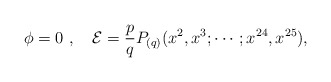
\begin{align*}\phi=0 \ , \quad \mathcal{E}=\frac{p}{q}P_{(q)}(x^2,x^3;\cdots;x^{24},x^{25}),\end{align*}